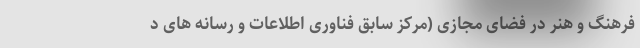
فرهنگ و هنر در فضای مجازی (مرکز سابق فناوری اطلاعات و رسانه های د